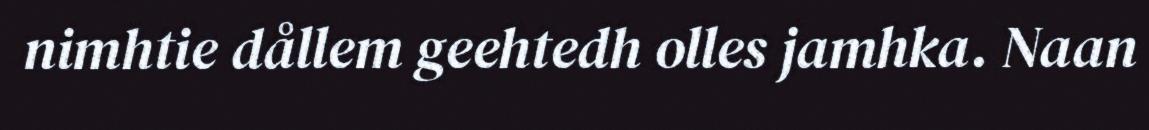
nimhtie dållem geehtedh olles jamhka. Naan